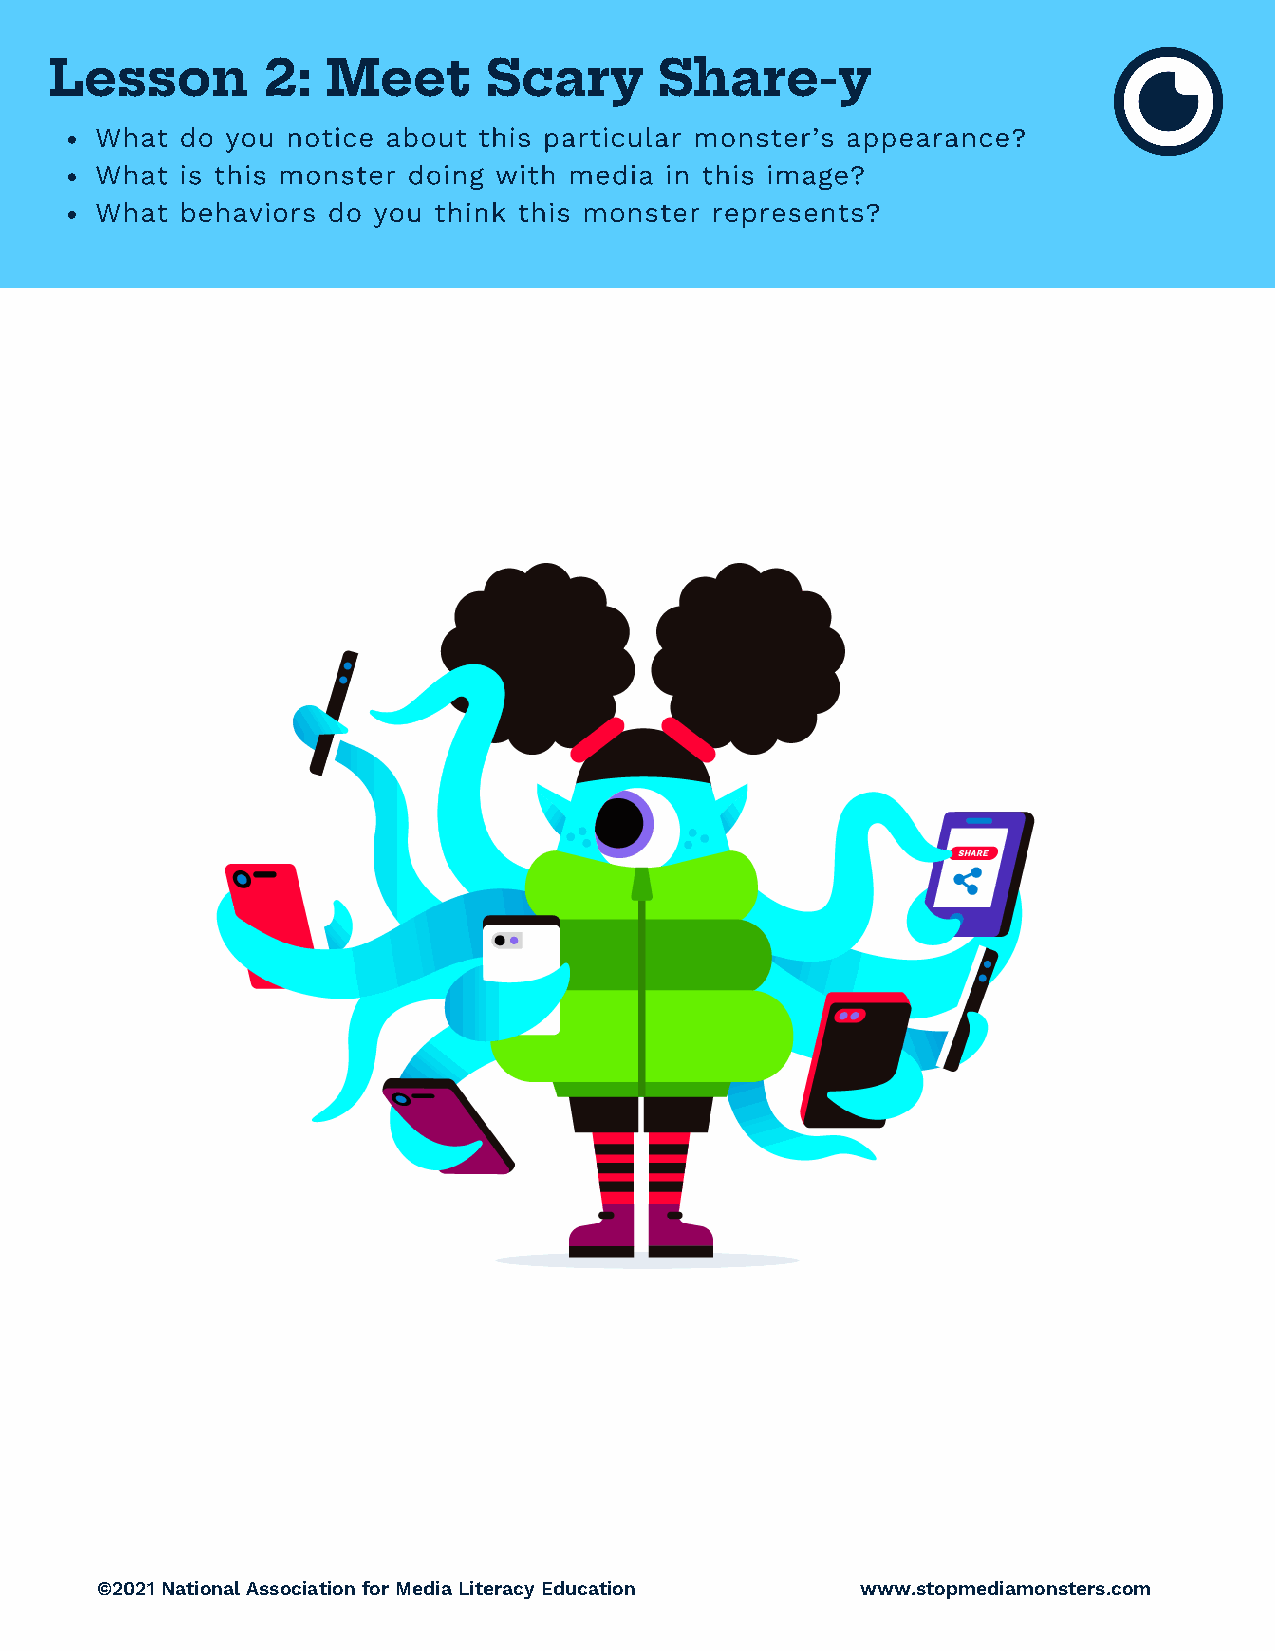
Lesson        2:   Meet      Scary       Share-y
 What  do you notice about this particular monster’s appearance?
 What  is this monster doing with media in this image?
 What  behaviors do you think this monster represents?
 ©2021 National Association for Media Literacy Education www.stopmediamonsters.com